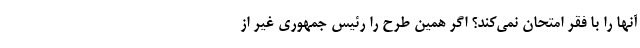
آنها را با فقر امتحان نمی‌کند؟ اگر همین طرح را رئیس جمهوری غیر از